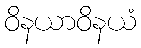
ဝိနယာဝိနယံ